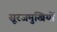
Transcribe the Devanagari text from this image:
सूरजमुखियों